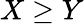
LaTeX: X\geq Y